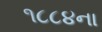
૧૮૮૪ના